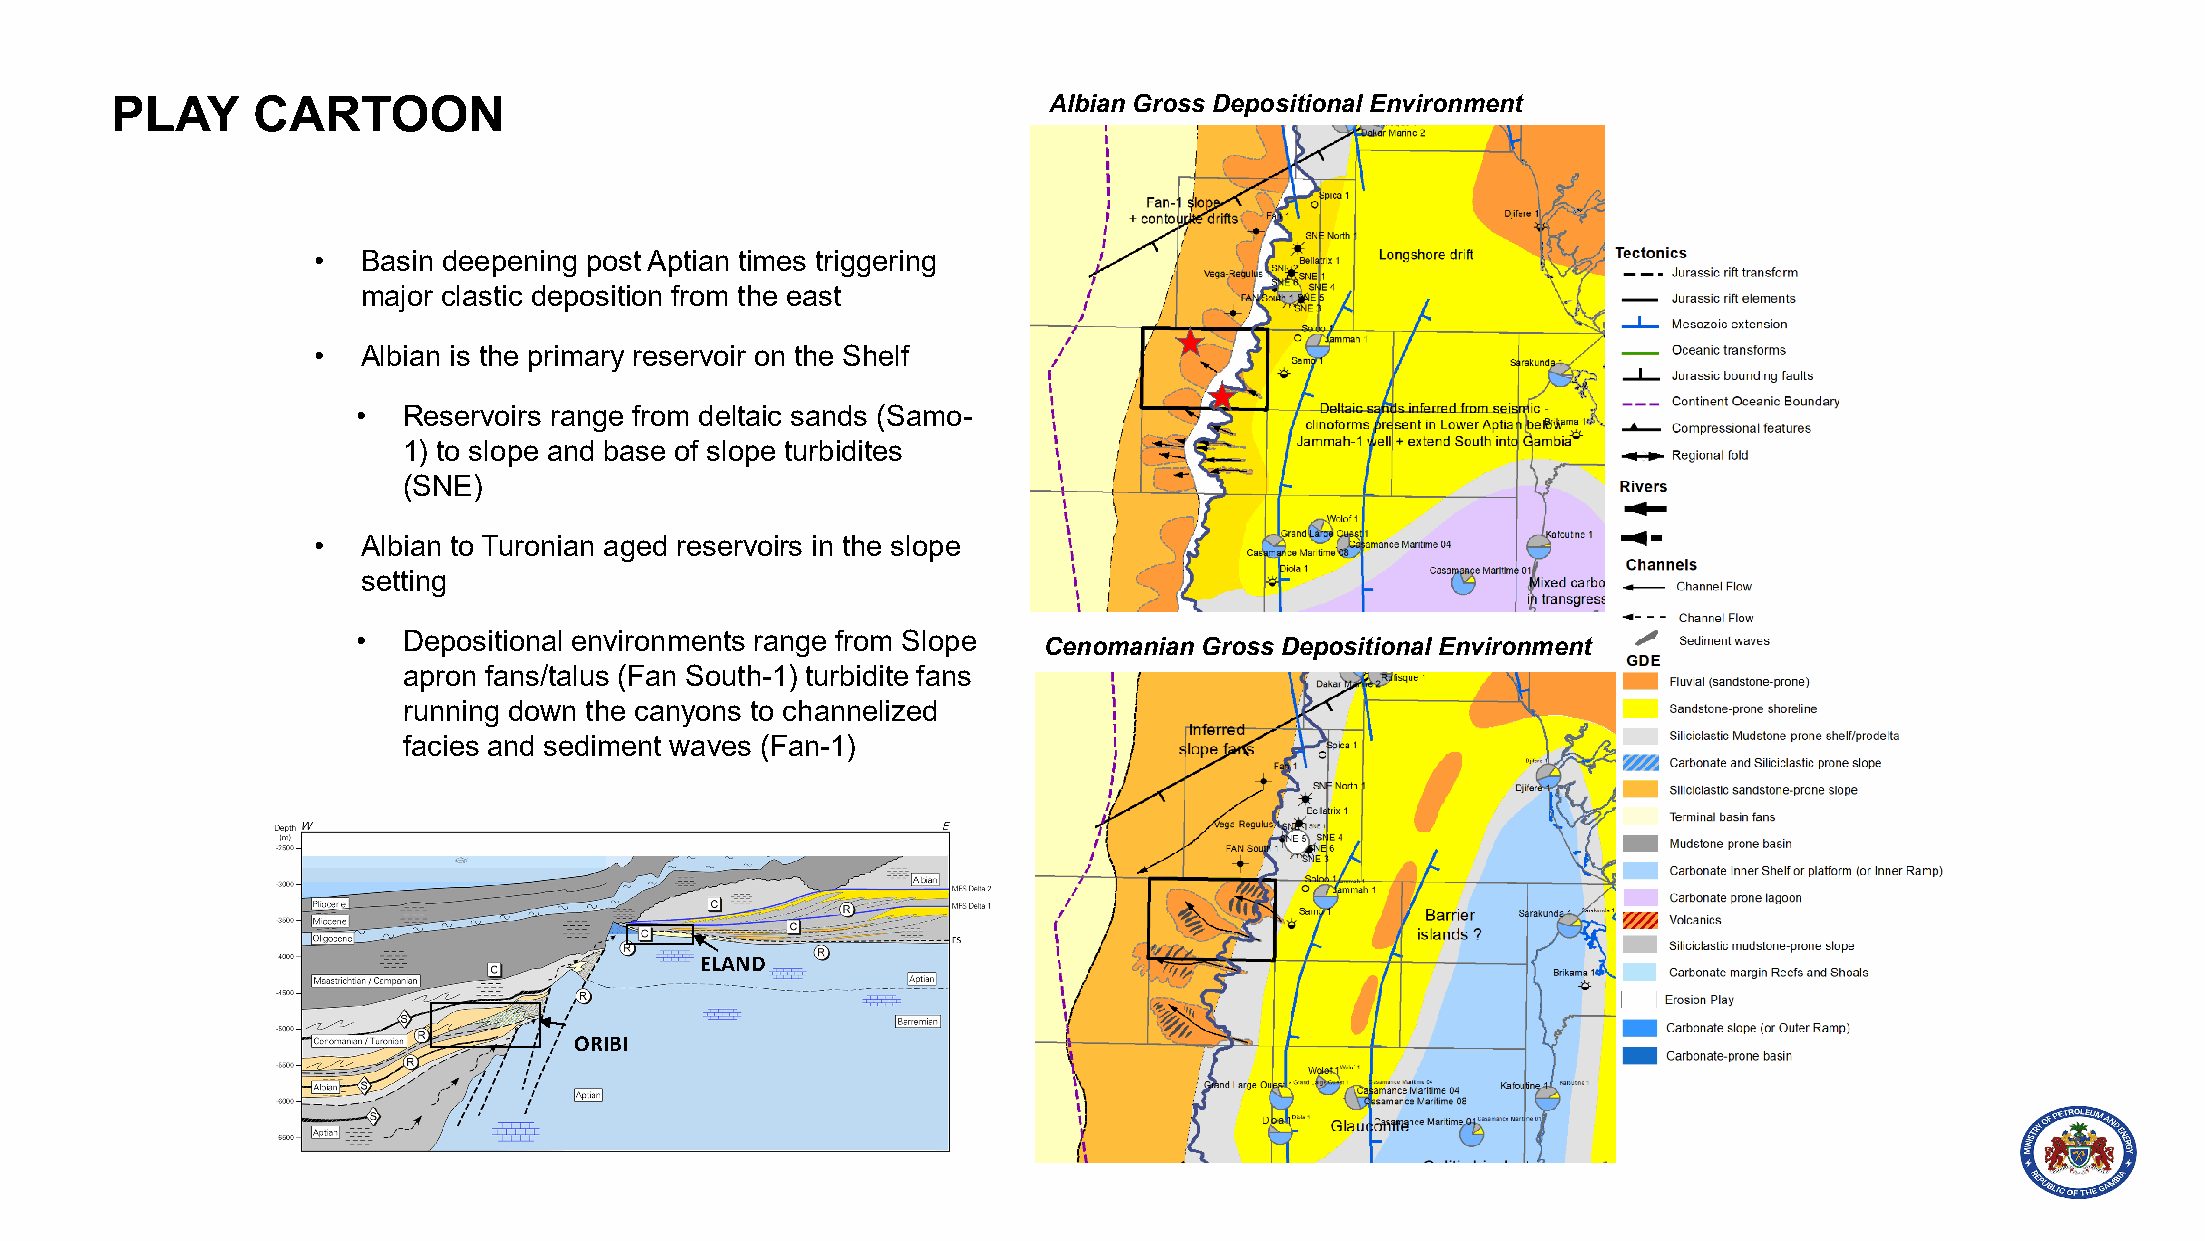
PLAY      CARTOON                                             Albian Gross Depositional Environment
 •  Basin deepening post Aptian times triggering
 major clastic deposition from the east
 •  Albian is the primary reservoir on the Shelf
 •  Reservoirs range from deltaic sands (Samo-
 1) to slope and base of slope turbidites
 (SNE)
 •  Albian to Turonian aged reservoirs in the slope
 setting
 •  Depositional environments range from Slope
 Cenomanian Gross Depositional Environment
 apron fans/talus (Fan South-1) turbidite fans
 running down the canyons to channelized
 facies and sediment waves (Fan-1)
 ELAND
 ORIBI